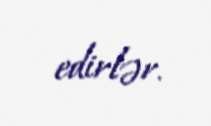
edirlər.